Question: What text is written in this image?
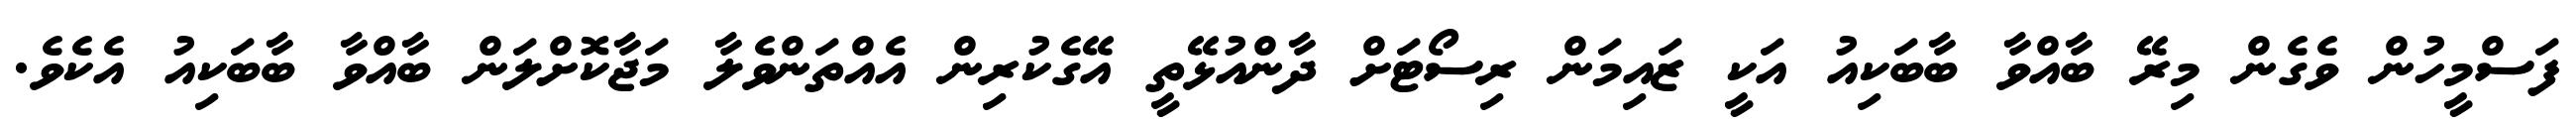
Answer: ފަސްމީހުން ވެގެން މިރޭ ބާއްވާ ބާބަކިއު އަކީ ޒައިމަން ރިސޯޓަށް ދާންއުޅޭތީ އޭގެކުރިން އެއްތަންވެލާ މަޖާކޮށްލަން ބާއްވާ ބާބަކިއު އެކެވެ.